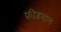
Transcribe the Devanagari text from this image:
फ्रीडमान